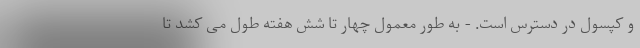
و کپسول در دسترس است. - به طور معمول چهار تا شش هفته طول می کشد تا